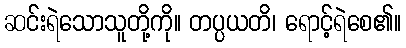
ဆင်းရဲသောသူတို့ကို။ တပ္ပယတိ၊ ရောင့်ရဲစေ၏။